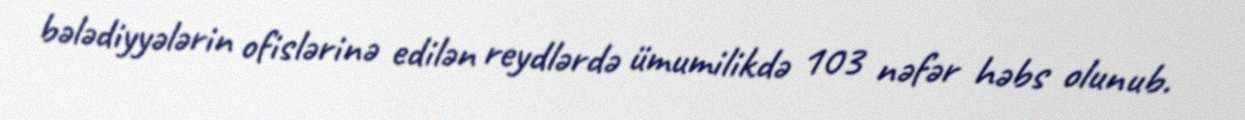
bələdiyyələrin ofislərinə edilən reydlərdə ümumilikdə 103 nəfər həbs olunub.